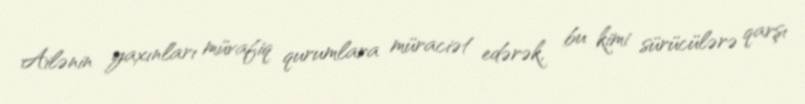
Ailənin yaxınları müvafiq qurumlara müraciət edərək, bu kimi sürücülərə qarşı